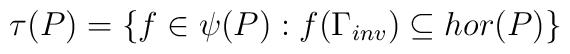
\tau (P)=\{f\in \psi (P):f(\Gamma_{inv})\subseteq hor(P)\}